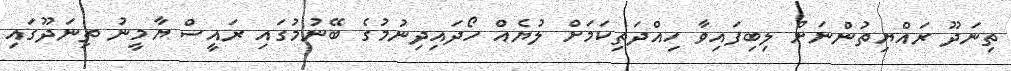
ތިނަދޫ ރައްޔިތުންނަށް ލިބިފައިވާ ހިއްދަތިކަމަށް ލުޔެއް ހޯދައިދިނުމުގެ ބޭނުމުގައި ރައީސް ޔާމީނު ތިނަދޫގައި